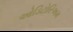
ઓડિટોરિઅમ